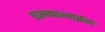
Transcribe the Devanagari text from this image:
एल्कालाईन